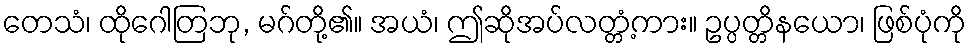
တေသံ၊ ထိုဂေါတြဘု, မဂ်တို့၏။ အယံ၊ ဤဆိုအပ်လတ္တံ့ကား။ ဥပ္ပတ္တိနယော၊ ဖြစ်ပုံကို